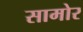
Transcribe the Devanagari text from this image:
सामोर